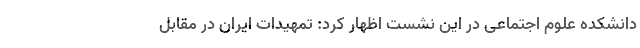
دانشکده علوم اجتماعی در این نشست اظهار کرد: تمهیدات ایران در مقابل